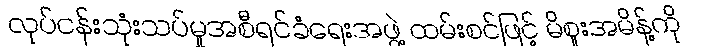
လုပ်ငန်းသုံးသပ်မှုအစီရင်ခံရေးအဖွဲ့ ထမ်းစင်ဖြင့် မိစူးအမိန့်ကို